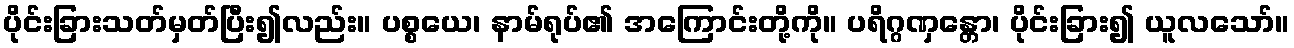
ပိုင်းခြားသတ်မှတ်ပြီး၍လည်း။ ပစ္စယေ၊ နာမ်ရုပ်၏ အကြောင်းတို့ကို။ ပရိဂ္ဂဏှန္တော၊ ပိုင်းခြား၍ ယူလသော်။